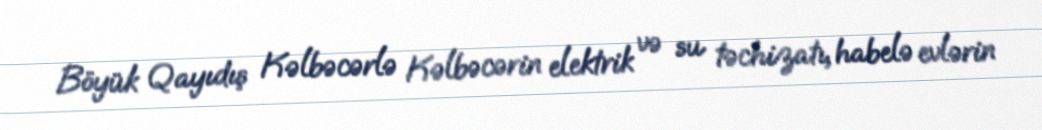
Böyük Qayıdış Kəlbəcərlə Kəlbəcərin elektrik və su təchizatı, habelə evlərin